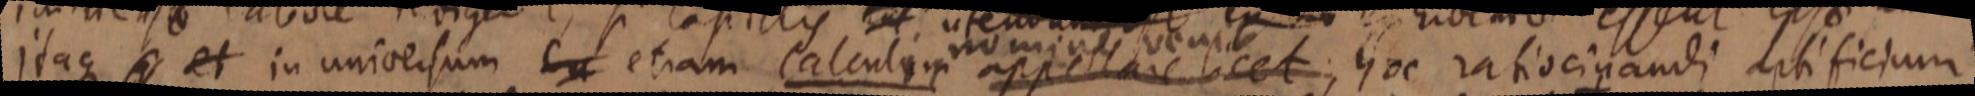
itaque _ et in universum _ etiam calculum appellare licet, hoc ratiocinandi artificium